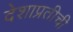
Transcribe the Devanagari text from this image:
देशाप्रतीची